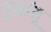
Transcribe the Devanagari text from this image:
हूमांयू